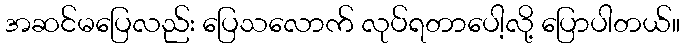
အဆင်မပြေလည်း ပြေသလောက် လုပ်ရတာပေါ့လို့ ပြောပါတယ်။